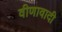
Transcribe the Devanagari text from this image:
वीणावादी